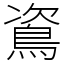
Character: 䳐